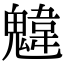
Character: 𩳷